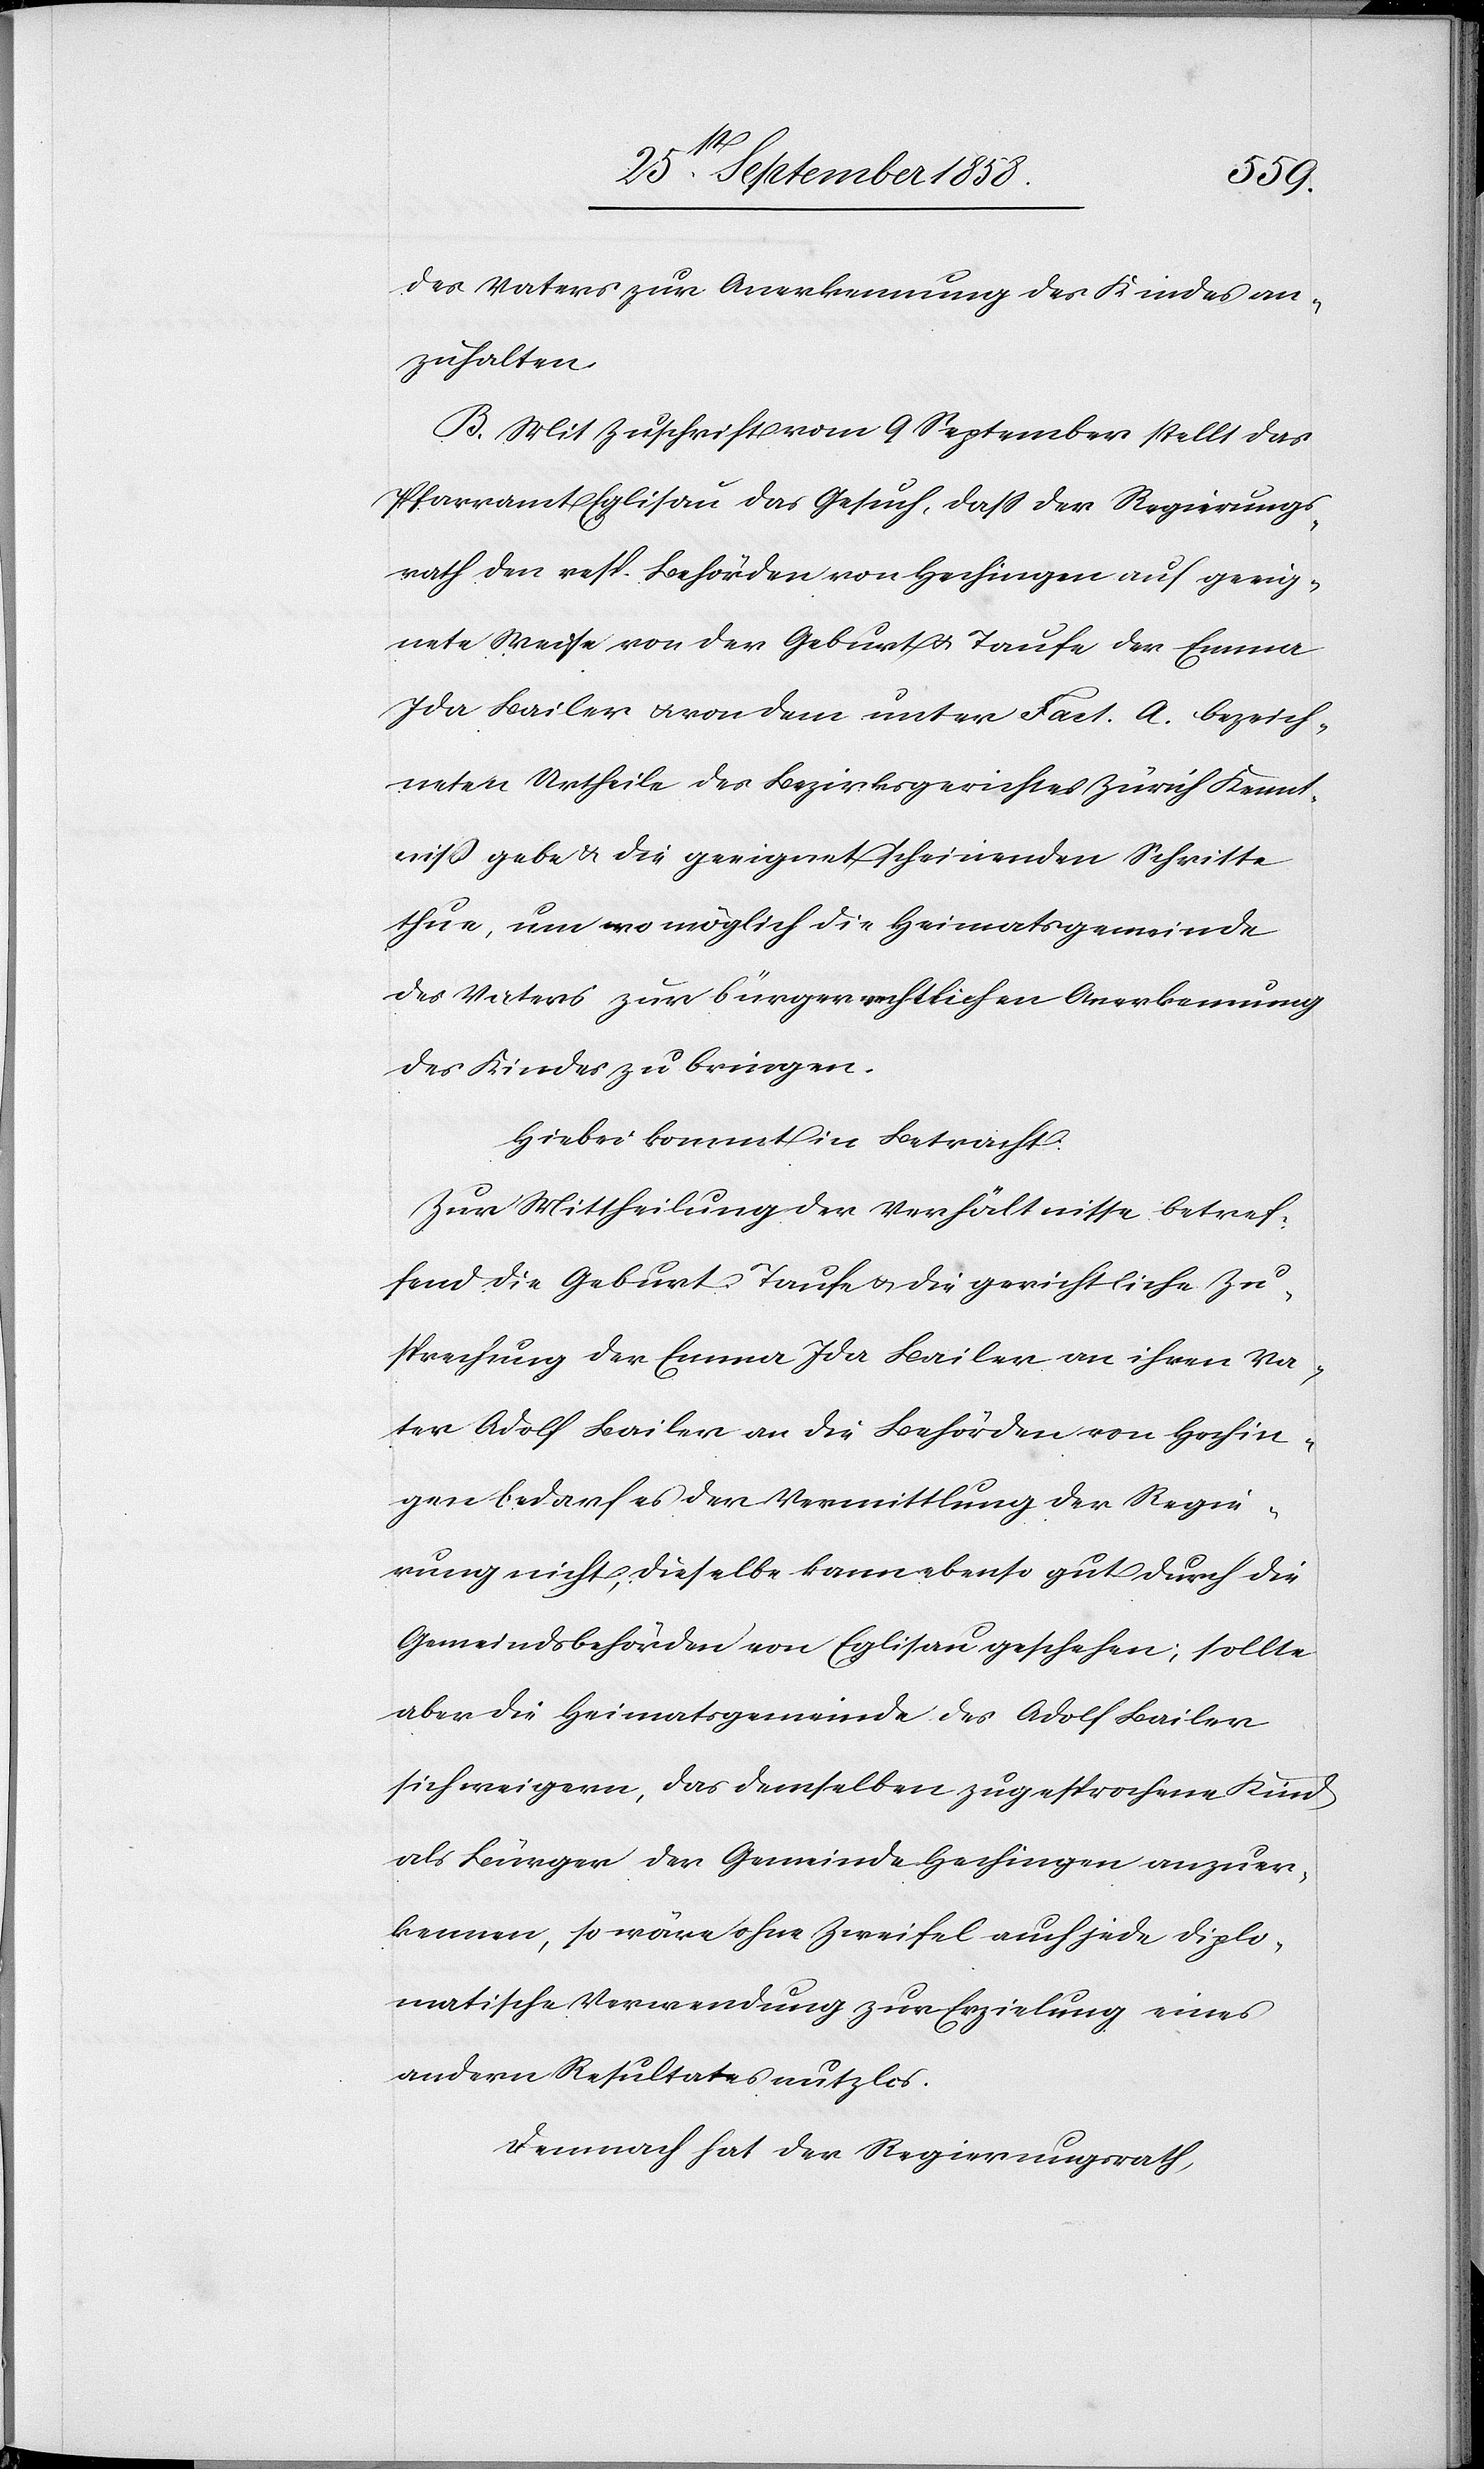
des Vaters zur Anerkennung des Kindes an¬
zuhalten.
B. Mit Zuschrift vom 9 September stellt das
Pfarramt Eglisau das Gesuch, dass der Regierungs¬
rath den resp. Behörden von Hechingen auf geeig¬
nete Weise von der Geburt & Taufe der Emma
Ida Bailer & von dem unter Fact. A. bezeich¬
neten Urtheile des Bezirksgerichtes Zürich Kennt¬
niß gebe & die geeignet scheinenden Schritte
thue, um wo möglich die Heimatsgemeinde
des Vaters zur bürgerrechtlichen Anerkennung
des Kindes zu bringen.
Hiebei kommt in Betracht:
Zur Mittheilung der Verhältnisse betref¬
fend die Geburt, Taufe & die gerichtliche Zu¬
sprechung der Emma Ida Bailer an ihren Va¬
ter Adolf Bailer an die Behörden von Hechin¬
gen bedarf es der Vermittlung der Regie¬
rung nicht; dieselbe kann ebenso gut durch die
Gemeindsbehörden von Eglisau geschehen; sollte
aber die Heimatsgemeinde des Adolf Bailer
sich weigern, das demselben zugesprochene Kind
als Bürger der Gemeinde Hechingen anzuer¬
kennen, so wäre ohne Zweifel auch jede diplo¬
matische Verwendung zur Erzielung eines
andern Resultates nutzlos.
Demnach hat der Regierungsrath,